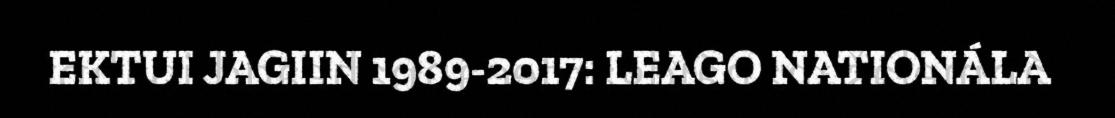
EKTUI JAGIIN 1989-2017: LEAGO NATIONÁLA